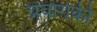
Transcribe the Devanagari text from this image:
प्रयोगकी